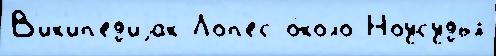
В'ик'ип'ед'иjак Лоп'ес о́коло Ноусудья